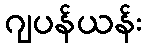
ဂျပန်ယန်း